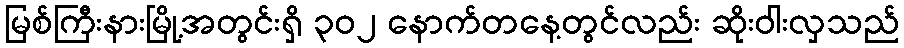
မြစ်ကြီးနားမြို့အတွင်းရှိ ၃၀၂ နောက်တနေ့တွင်လည်း ဆိုးဝါးလှသည်